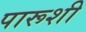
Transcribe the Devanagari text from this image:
पारूशी